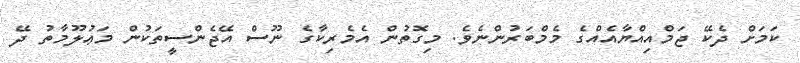
ކަމަށް ދެކޭ ޖަމްއިއްޔާއެއްގެ މެމްބަރުންނެވެ. މިގޮތުން އެމެރިކާގެ ނޫސް އޭޖެންސީތަކުން މަޢުލޫމާތު ދޭ